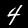
Digit: 4